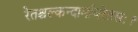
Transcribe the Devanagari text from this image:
रेतश्चल्कन्दार्माघरेतसः।